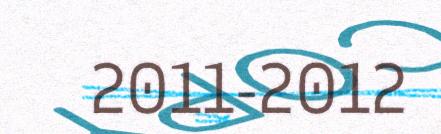
2011-2012